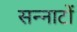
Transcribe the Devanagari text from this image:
सन्नाटों